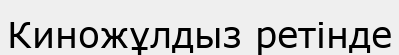
Киножұлдыз ретінде